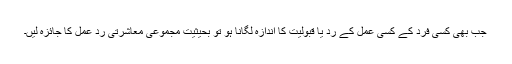
جب بھی کسی فرد کے کسی عمل کے رد یا قبولیت کا اندازہ لگانا ہو تو بحیثیتِ مجموعی معاشرتی ردِ عمل کا جائزہ لیں۔